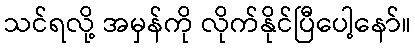
သင်ရလို့ အမှန်ကို လိုက်နိုင်ပြီပေါ့နော်။